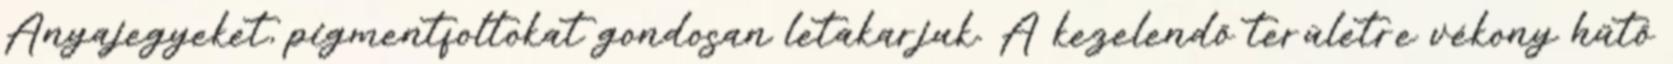
Anyajegyeket, pigmentfoltokat gondosan letakarjuk. A kezelendő területre vékony hűtő